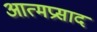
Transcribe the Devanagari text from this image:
आत्मप्रसाद